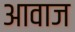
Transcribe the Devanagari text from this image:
अावाज